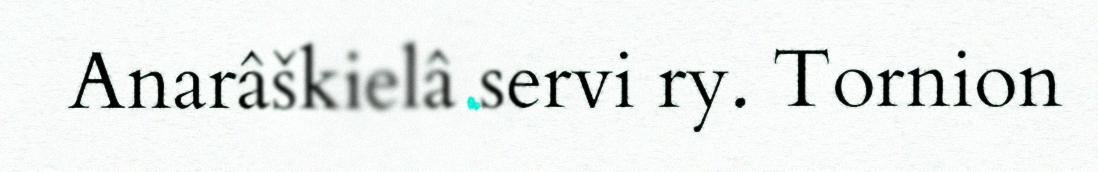
Anarâškielâ servi ry. Tornion